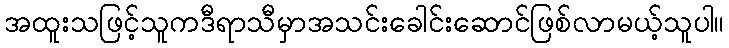
အထူးသဖြင့်သူကဒီရာသီမှာအသင်းခေါင်းဆောင်ဖြစ်လာမယ့်သူပါ။